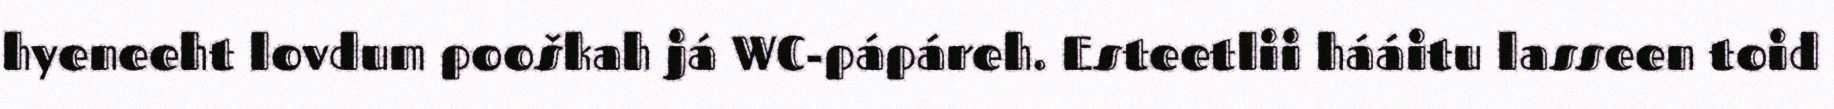
hyeneeht lovdum pooškah já WC-pápáreh. Esteetlii hááitu lasseen toid